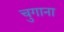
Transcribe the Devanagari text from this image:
चुगाना